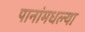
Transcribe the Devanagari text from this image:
पानांमधल्या